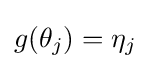
g(\theta _{j})=\eta _{j}